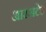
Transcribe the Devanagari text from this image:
आरसटेड